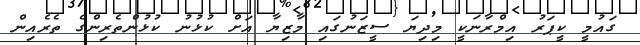
ގައުމީ ކީޕަރު އިމްރާނަކީ މިދިޔަ ސީޒަނުގައި މާޒިޔާ އަށް ކުޅުނު ކުޅުންތެރިންގެ ތެރެއިން